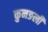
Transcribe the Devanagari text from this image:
कुनङली